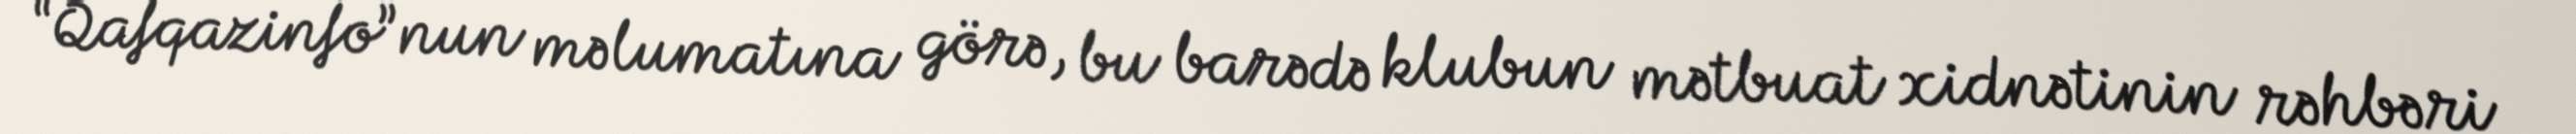
“Qafqazinfo”nun məlumatına görə, bu barədə klubun mətbuat xidnətinin rəhbəri